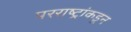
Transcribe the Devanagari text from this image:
परराष्ट्रांकडून